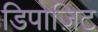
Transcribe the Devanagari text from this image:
डिपोज़िट